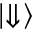
\lvert \Downarrow \rangle